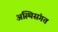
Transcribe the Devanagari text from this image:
अस्थिसंगत